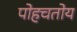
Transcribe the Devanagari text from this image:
पोहचतोय